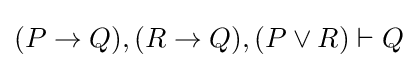
(P\to Q),(R\to Q),(P\lor R)\vdash Q